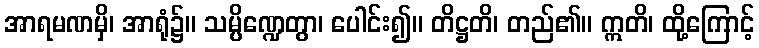
အာရမဏမှိ၊ အာရုံ၌။ သမ္ပိဏ္ဍေတွာ၊ ပေါင်း၍။ တိဋ္ဌတိ၊ တည်၏။ ဣတိ၊ ထို့ကြောင့်